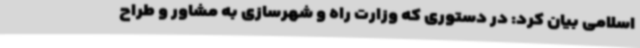
اسلامی بیان کرد: در دستوری که وزارت راه و شهرسازی به مشاور و طراح